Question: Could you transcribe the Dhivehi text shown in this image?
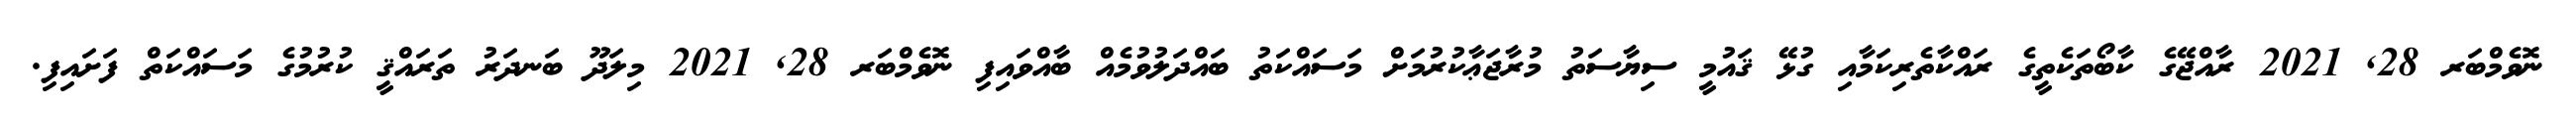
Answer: ނޮވެމްބަރ 28, 2021 ރާއްޖޭގެ ކާބޯތަކެތީގެ ރައްކާތެރިކަމާއި ގުޅޭ ޤައުމީ ސިޔާސަތު މުރާޖަޢާކުރުމަށް މަސައްކަތު ބައްދަލުވުމެއް ބާއްވައިފި ނޮވެމްބަރ 28, 2021 މިލަދޫ ބަނދަރު ތަރައްޤީ ކުރުމުގެ މަސައްކަތް ފަށައިފި.